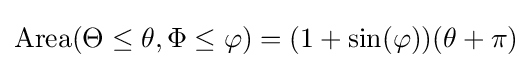
\operatorname {Area} (\Theta \leq \theta ,\Phi \leq \varphi )=(1+\sin(\varphi ))(\theta +\pi )